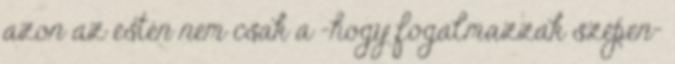
azon az estén nem csak a -hogy fogalmazzak szépen-